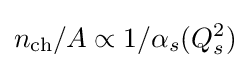
n_{\mathrm {ch} }/A\propto 1/\alpha _{s}(Q_{s}^{2})